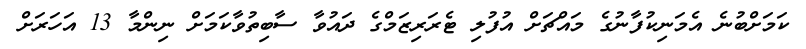
ކަމަށްބުނެ އެމަނިކުފާނުގެ މައްޗަށް އުފުލި ޓެރަރިޒަމްގެ ދައުވާ ސާބިތުވާކަމަށް ނިންމާ 13 އަހަރަށް